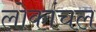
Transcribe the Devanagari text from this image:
लोकांचल